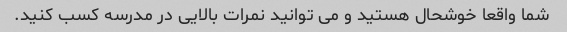
شما واقعا خوشحال هستید و می توانید نمرات بالایی در مدرسه کسب کنید.